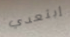
إبتعدي